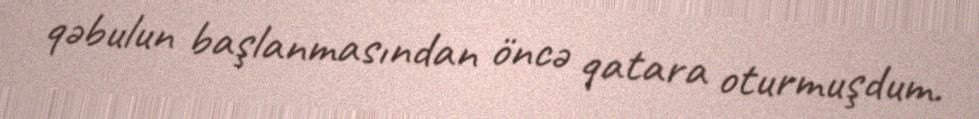
qəbulun başlanmasından öncə qatara oturmuşdum.